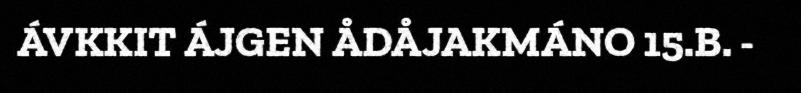
ÁVKKIT ÁJGEN ÅDÅJAKMÁNO 15.B. -